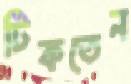
টিকতেন